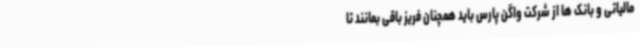
مالیاتی و بانک ها از شرکت واگن پارس باید همچنان فریز باقی بمانند تا